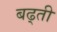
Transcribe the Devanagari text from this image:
बढ्ती